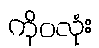
ကိုဝလုံး